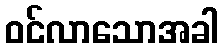
ဝင်လာသောအခါ